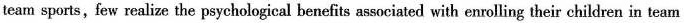
team sports,few realize the psychological benefits associated with enrolling their children in team